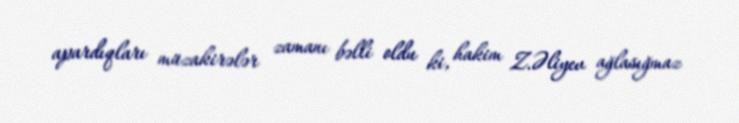
apardıqları müzakirələr zamanı bəlli oldu ki, hakim Z.Əliyev ağlasığmaz